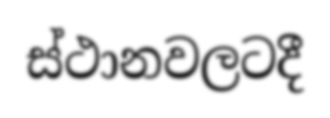
ස්ථානවලටදී